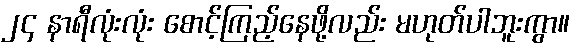
၂၄ နာရီလုံးလုံး စောင့်ကြည့်နေဖို့လည်း မဟုတ်ပါဘူးကွာ။